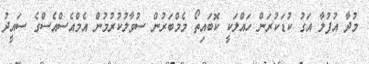
މުދާ އުފުލާ އަގު ކުޑަކުރަން ހައްލަކީ ކޮބައިތޯ މެމްބަރުން ސުވާލުކުރުމުން އެމްއެސްއެސްގެ ސައީދު